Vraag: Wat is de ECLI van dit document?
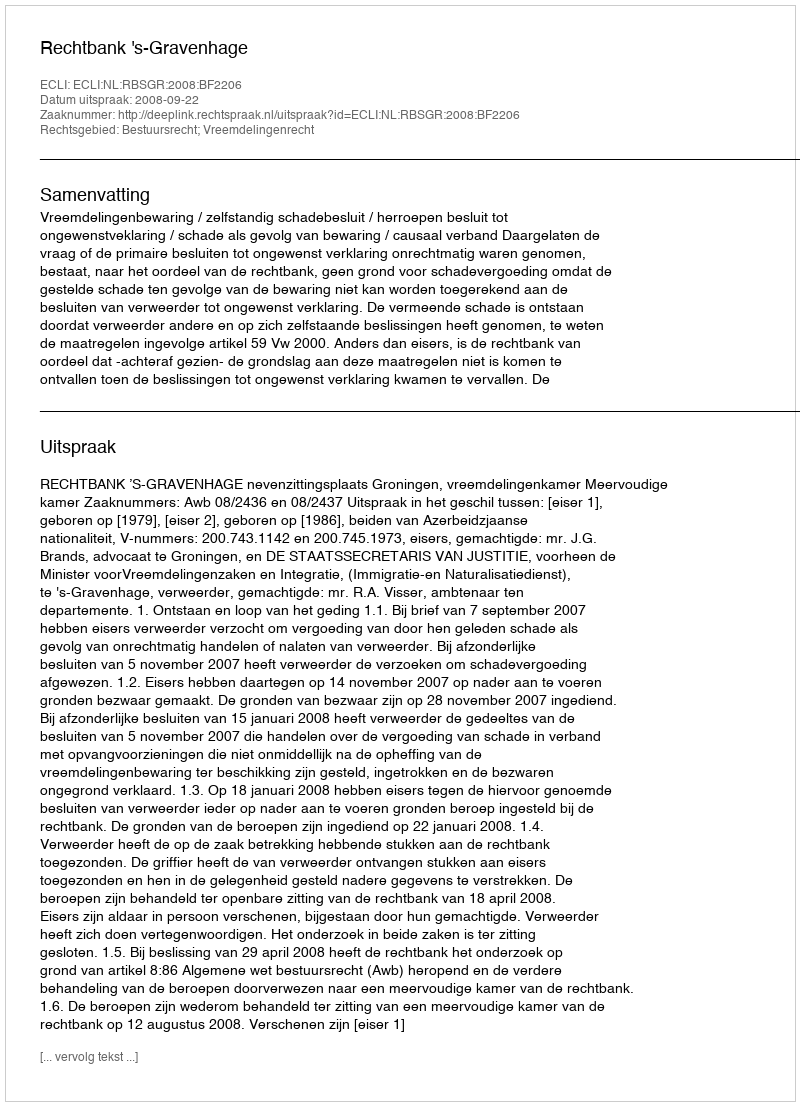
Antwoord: ECLI:NL:RBSGR:2008:BF2206